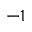
^ { - 1 }